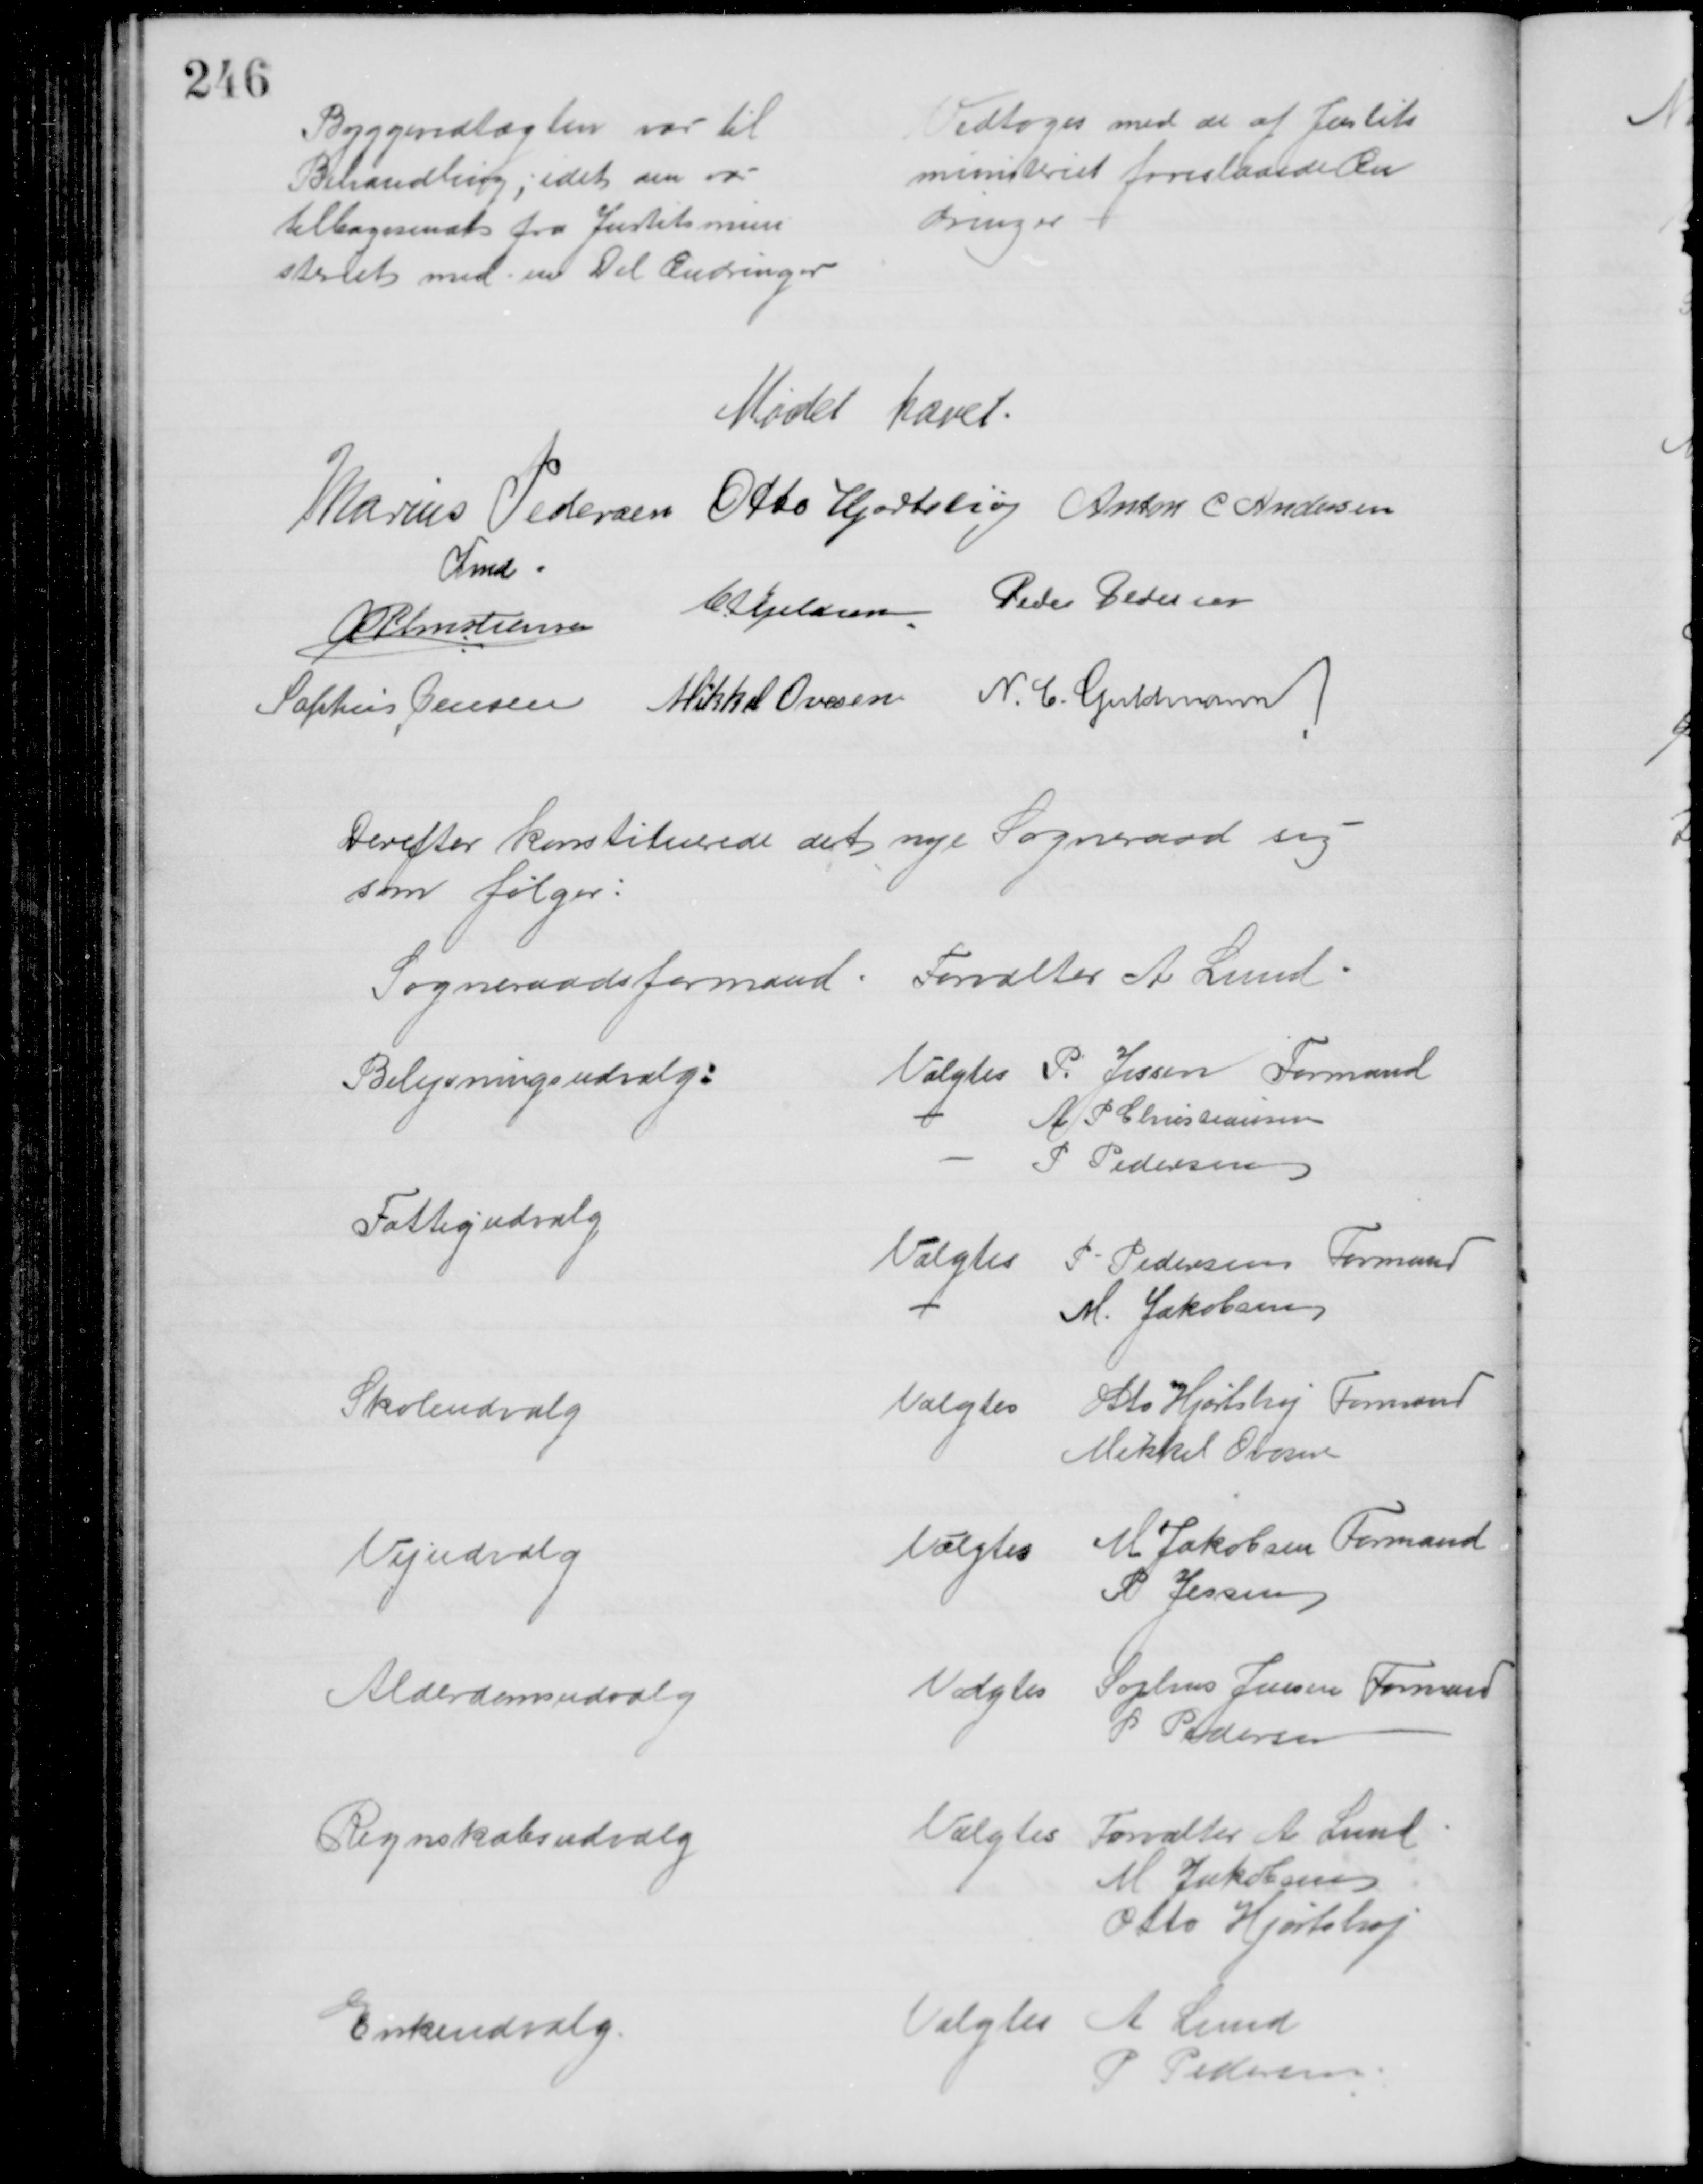
Transskription:
Byggevedtægten var til
Behandling, idet den var
tilbagesendt fra Justitsmini
steriet med en Del Ændringer
Vedtoges med de af Justits
ministeriet foreslaaede Æn
dringer
Mødet hævet
Marius Pedersen 
Fmd
Otto Hjortshøj Anton C Andersen
A P Christiansen C. Kjeldsen Peder Pedersen
Sophus Jensen Mikkel Ovesen N. C. Guldmann
Derefter konstituerede det nye Sogneraad sig 
som følger:
Sogneraadsformand Forvalter A Lund
Belysningsudvalg:
Valgtes P. Jessen Formand
A P Christiansen
P Pedersen
Fattigudvalg
Valgtes
P Pedersen Formand
M. Jakobsen
Skoleudvalg
Valgtes
Otto Hjortshøj Formand
Mikkel Ovesen
Vejudvalg
Valgtes
M Jakobsen Formand
P Jessen
Alderdomsudvalg
Valgtes Sophus Jensen Formand
P Pedersen
Regnskabsudvalg
Valgtes Forvalter A Lund
M Jakobsen
Otto Hjortshøj
Enkeudvalg
Valgtes A Lund
P Pedersen